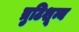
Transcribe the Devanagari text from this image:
त्रुटिशून्य